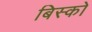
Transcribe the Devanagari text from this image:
बिस्को